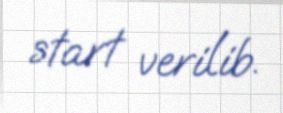
start verilib.